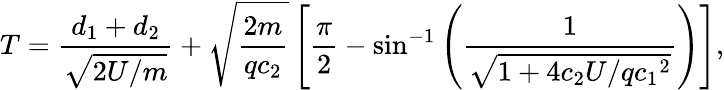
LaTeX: T=\frac{d_{1}+d_{2}}{\sqrt{2U/m}}+\sqrt{\frac{2m}{qc_{2}}}\left[\frac{\pi}{2}-\sin^{-1}\left(\frac{1}{\sqrt{1+4c_{2}U/q{c_{1}}^{2}}}\right)\right],